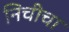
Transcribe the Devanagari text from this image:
निचीचा